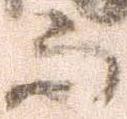
而